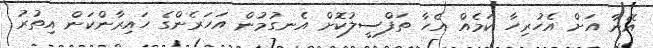
އޭނާ އަށް އެހުރިހާ ކަމެއް އެހާ ތަފްސީލުކޮށް އެނގުމުން އަހަރެންގެ ހައިރާންކަން އިތުރު